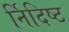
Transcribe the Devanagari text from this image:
र्निदिष्ट